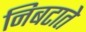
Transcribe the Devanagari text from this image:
निबटाते